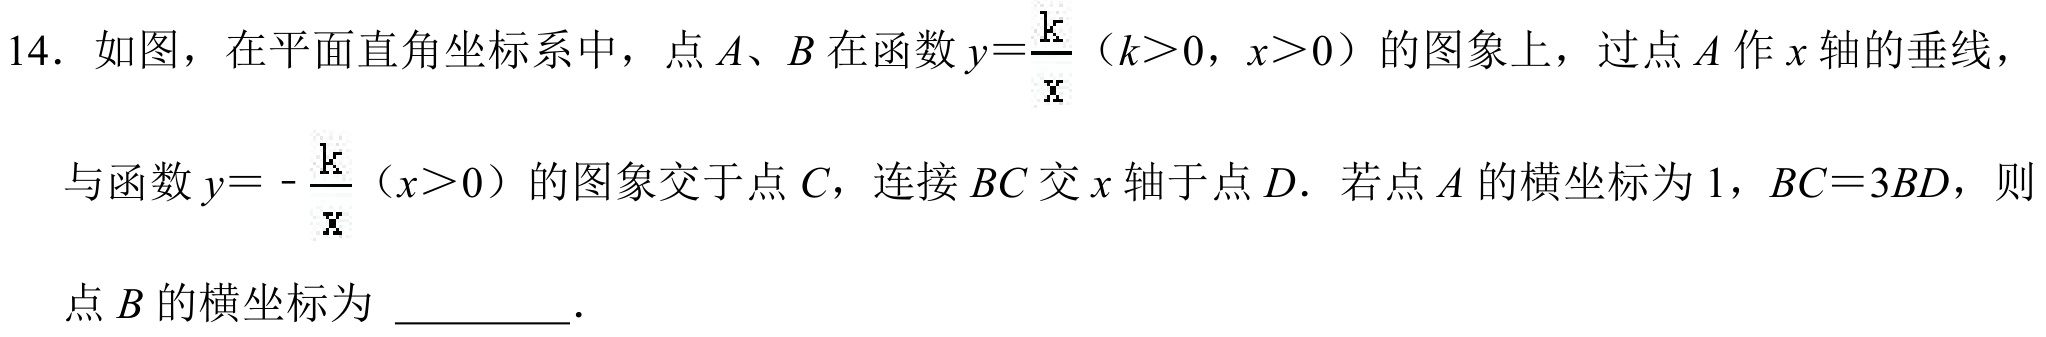
14. 如图，在平面直角坐标系中，点\(A\)、\(B\)在函数\(y = \frac{k}{x}\)（\(k>0\)，\(x > 0\)）的图象上，过点\(A\)作\(x\)轴的垂线，
与函数\(y=-\frac{k}{x}\)（\(x > 0\)）的图象交于点\(C\)，连接\(BC\)交\(x\)轴于点\(D\). 若点\(A\)的横坐标为\(1\)，\(BC = 3BD\)，则
点\(B\)的横坐标为 \_\_\_\_\_ .